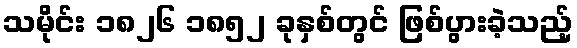
သမိုင်း ၁၈၂၆ ၁၈၅၂ ခုနှစ်တွင် ဖြစ်ပွားခဲ့သည့်